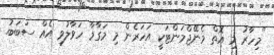
"މިހާރު މި އޮތް މެނޭޖްމަންޓަކީ އަހަރެން މި މަގާމާ ހަވާލުވި އެއް ސަބަބު.